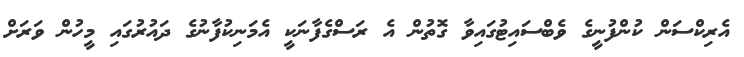
އެރިކްސަން ކުންފުނީގެ ވެބްސައިޓުގައިވާ ގޮތުން އެ ރަސްގެފާނަކީ އެމަނިކުފާނުގެ ދައުރުގައި މީހުން ވަރަށް